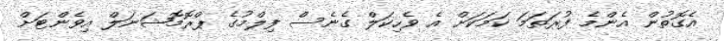
އެގޮތުން އެންމެ ފުރަތަމަ ކަމަކަށް އެ ވެހިކަލް ގެނެސް ފިލްމުގެ ޕްރޮމޮޝަނަލް އިވެންޓަށް